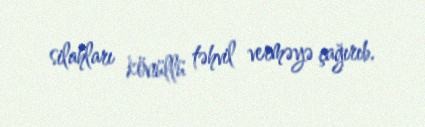
silahları könüllü təhvil verməyə çağırıb.